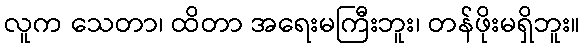
လူက သေတာ၊ ထိတာ အရေးမကြီးဘူး၊ တန်ဖိုးမရှိဘူး။